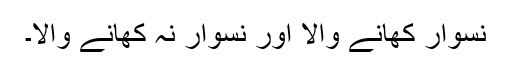
نسوار کھانے والا اور نسوار نہ کھانے والا۔